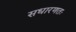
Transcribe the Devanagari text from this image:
सधारणतः